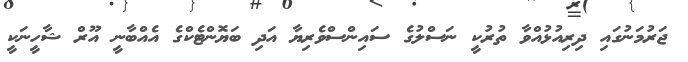
ޖަރުމަނުގައި ދިރިއުޅުއްވާ ތުރުކީ ނަސްލުގެ ސައިންސްވެރިޔާ އަދި ބަޔޮންޓެކްގެ އެއްބާނީ އޫރް ޝާހީނަކީ